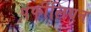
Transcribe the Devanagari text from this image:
पंफीलियन